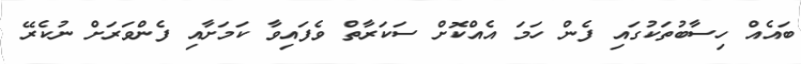
ބައެއް ހިސާބުތަކުގައި ފެން ހަމަ އެއްކޮށް ސަކަރާތް ވެފައިވާ ކަމަށާއި ފެންވަރަށް ނުކެރޭ